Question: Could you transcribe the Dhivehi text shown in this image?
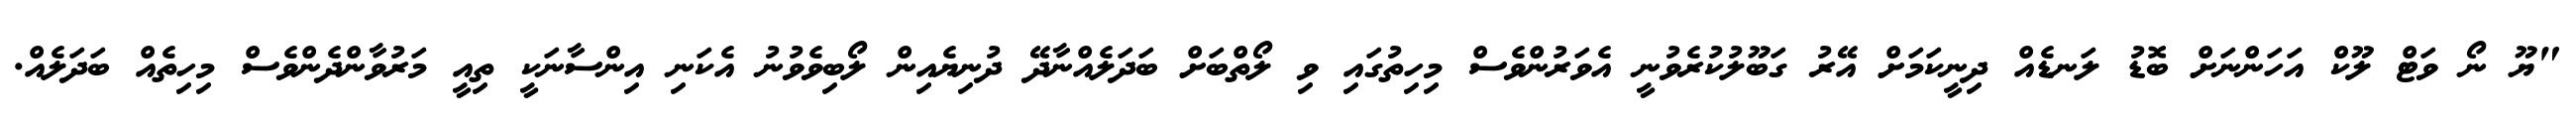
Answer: "ޔޫ ނޯ ވަޓް ލޫކް އަހަންނަށް ބޮޑު ލަނޑެއް ދިނީކަމަށް އޭރު ގަބޫލުކުރެވުނީ އެވަރުންވެސް މިހިތުގައި ވި ލޯތްބަށް ބަދަލެއްނާދޭ ދުނިޔެއިން ލޯބިވެވުނު އެކަނި އިންސާނަކީ ތިއީ މަރުވާންދެންވެސް މިހިތެއް ބަދަލެއް.